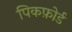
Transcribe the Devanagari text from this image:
पिकफ़ोर्ड